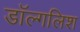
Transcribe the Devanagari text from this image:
डॉल्गलिश